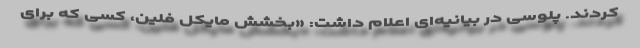
کردند. پلوسی در بیانیه‌ای اعلام داشت: «بخشش مایکل فلین، کسی که برای